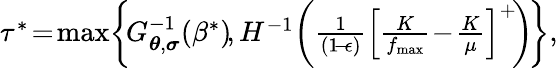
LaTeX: \begin{array}{r}{\tau^{*}\! =\! \operatorname*{max}\! \left\{ \! G_{\boldsymbol{\theta},\boldsymbol{\sigma}}^{-1}\! \left(\beta^{*}\right)\! ,H^{-1}\! \left(\frac{1}{(1\! -\! \epsilon)}\left[\frac{K}{f_{\operatorname*{max}}}\! -\! \frac{K}{\mu}\right]^{+}\! \right)\! \right\} ,}\end{array}